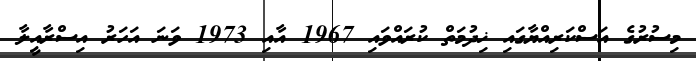
މިސުރުގެ އަސްކަރިއްޔާގައި ޚިދުމަތް ކުރައްވައި 1967 އާއި 1973 ވަނަ އަހަރު އިސްރާއީލާ